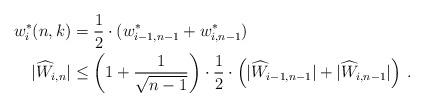
LaTeX: \begin{align*}w^*_i(n,k)&=\frac 12 \cdot (w^*_{i-1,n-1} + w^*_{i,n-1})\\|\widehat{W}_{i,n}| &\leq\left(1+\frac{1}{\sqrt{n-1}}\right)\cdot \frac 12\cdot \left(|\widehat{W}_{i-1,n-1}| +|\widehat{W}_{i,n-1}|\right)\:.\end{align*}